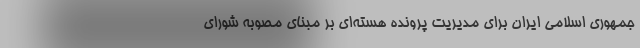
جمهوری اسلامی ایران برای مدیریت پرونده هسته‌ای بر مبنای مصوبه شورای